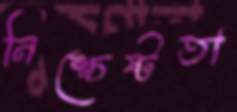
নিশ্চেষ্টতা